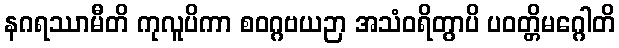
နဂရဿာမီတိ ကုလူပိကာ စဝဂ္ဂဗယဉာ အသံဝရိတွာပိ ပဝတ္တိမဂ္ဂေါတိ